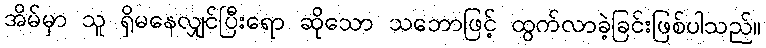
အိမ်မှာ သူ ရှိမနေလျှင်ပြီးရော ဆိုသော သဘောဖြင့် ထွက်လာခဲ့ခြင်းဖြစ်ပါသည်။